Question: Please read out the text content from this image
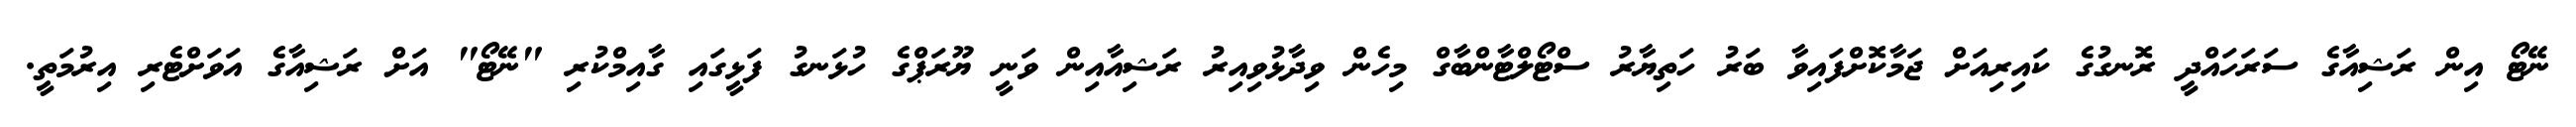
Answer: ނޭޓޯ އިން ރަޝިއާގެ ސަރަހައްދީ ރޮނގުގެ ކައިރިއަށް ޖަމާކޮށްފައިވާ ބަރު ހަތިޔާރު ސްޓޯލްޓާންބާގް މިހެން ވިދާޅުވިއިރު ރަޝިއާއިން ވަނީ ޔޫރަޕްގެ ހުޅަނގު ފަޅީގައި ގާއިމްކުރި "ނޭޓޯ" އަށް ރަޝިއާގެ އަވަށްޓެރި އިރުމަތީ.